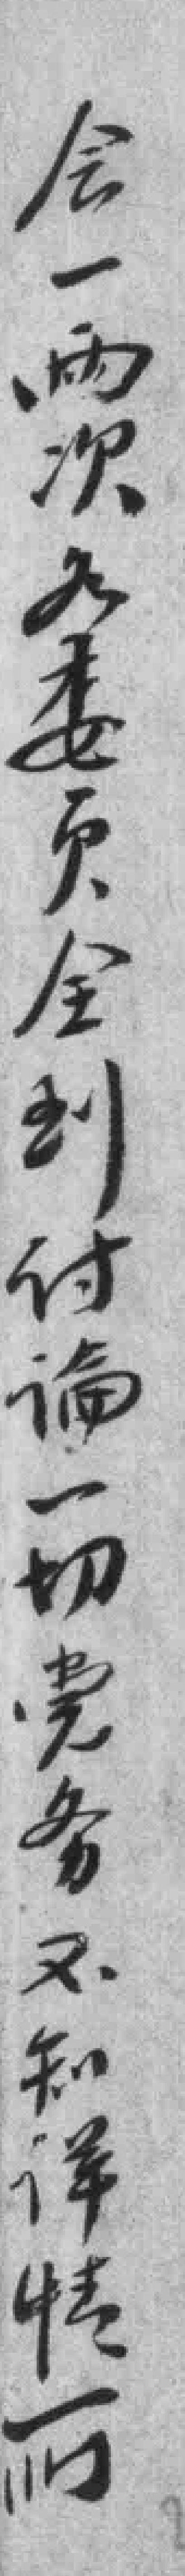
会一两次各委员全到讨論一切党务不知详情所